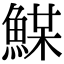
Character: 𩸏